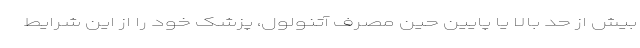
بیش از حد بالا یا پایین حین مصرف آتنولول، پزشک خود را از این شرایط